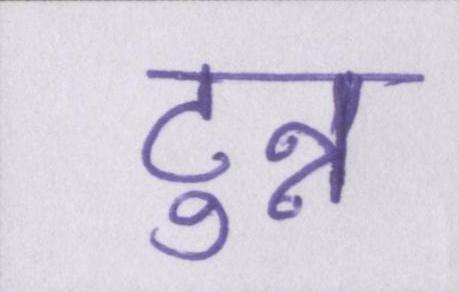
टुन्न